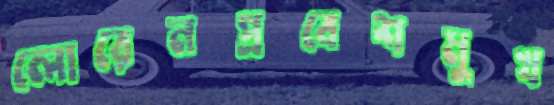
লোরেনপ্রবেশমুখ